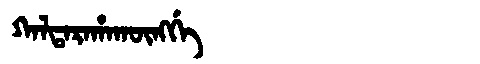
Manchu: ᡴᠠᠯᡨᠠᡵᠠᡥᠠᡴᡡᠩᡤᡝ
Romanization: KALTARAHAKŪNGGE